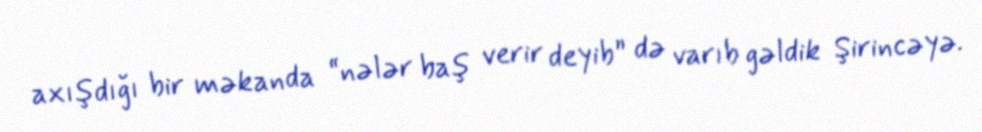
axışdığı bir məkanda “nələr baş verir deyib” də varıb gəldik Şirincəyə.